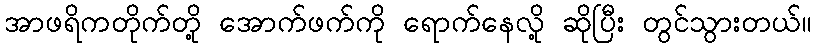
အာဖရိကတိုက်တို့ အောက်ဖက်ကို ရောက်နေလို့ ဆိုပြီး တွင်သွားတယ်။